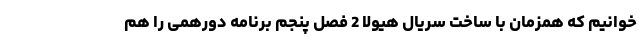
خوانیم که همزمان با ساخت سریال هیولا 2 فصل پنجم برنامه دورهمی را هم